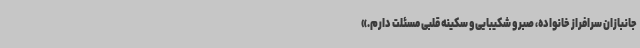
جانبازان سرافراز خانواده، صبر و شکیبایی و سکینه قلبی مسئلت دارم.»